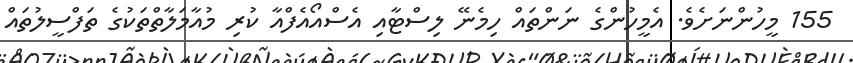
155 މީހުންނަށެވެ. އެމީހުންގެ ނަންތައް ހިމެނޭ ލިސްޓާއި އެސްއޯއެފްއާ ކުރި މުއާމަލާތްތަކުގެ ތަފްސީލުތައް